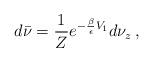
LaTeX: \begin{align*} d\bar{\nu} = \frac{1}{Z} e^{-\frac{\beta}{\epsilon} V_1} d\nu_z\,, \end{align*}